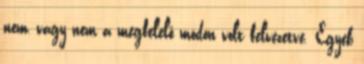
nem, vagy nem a megfelelő módon volt felvezetve. Egyéb